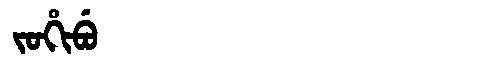
Manchu: ᠵᠣᡥᡳᠪᡠ
Romanization: JOHIBU